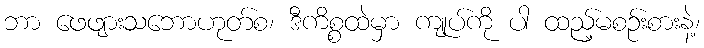
ဘာ ဖေဖျားသဘောဟုတ်စ၊ ဒီကိစ္စထဲမှာ ကျုပ်ကို ပါ ထည့်မစဉ်းစားနဲ့၊